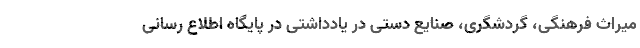
میراث فرهنگی، گردشگری، صنایع دستی در یادداشتی در پایگاه اطلاع رسانی